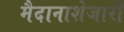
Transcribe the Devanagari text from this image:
मैदानाशेजारी